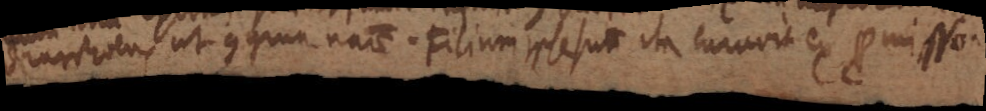
diarrhoea, ut congrua naturae. Filium ipse suum ita curavit ex promisso.